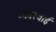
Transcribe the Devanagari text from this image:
व्यवस्थाई